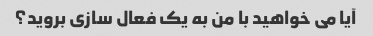
آیا می خواهید با من به یک فعال سازی بروید؟